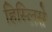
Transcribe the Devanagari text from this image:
हिस्लिसे